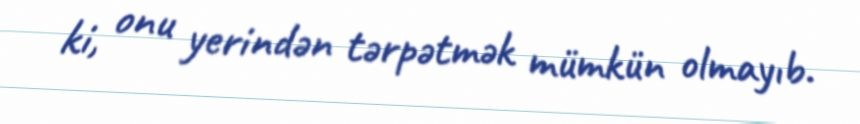
ki, onu yerindən tərpətmək mümkün olmayıb.